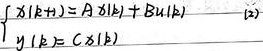
\[\begin{cases}x(k + 1)=Ax(k)+Bu(k) & (2)\\y(k)=Cx(k)\end{cases}\]